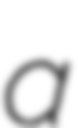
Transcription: a